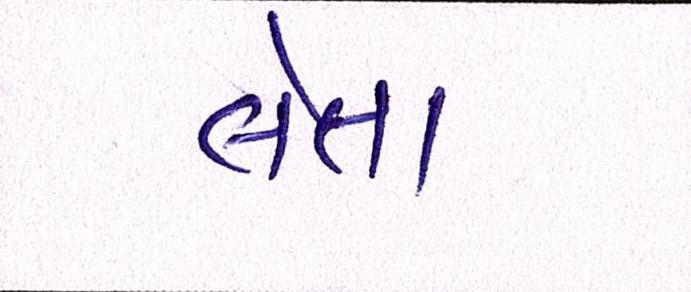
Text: લેતા